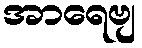
အာရေဗျ